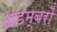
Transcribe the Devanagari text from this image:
अडम्बरों